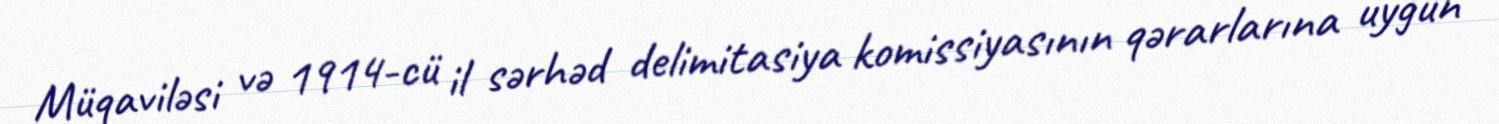
Müqaviləsi və 1914-cü il sərhəd delimitasiya komissiyasının qərarlarına uyğun